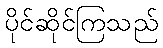
ပိုင်ဆိုင်ကြသည်